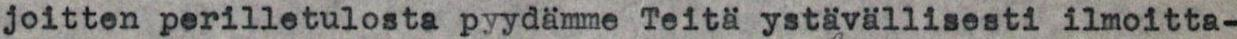
joitten perilletulosta pyydämme Teitä ystävällisesti ilmoitta-